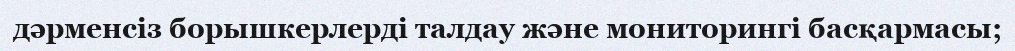
дәрменсіз борышкерлерді талдау және мониторингі басқармасы;